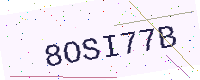
Text: 8OSI77B